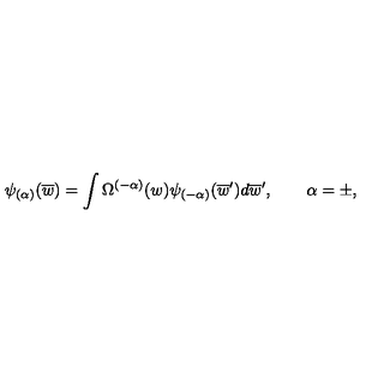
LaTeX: \psi _ { ( \alpha ) } ( \overline { { w } } ) = \int \Omega ^ { ( - \alpha ) } ( w ) \psi _ { ( - \alpha ) } ( \overline { { w } } ^ { \prime } ) d \overline { { w } } ^ { \prime } , \qquad \alpha = \pm ,